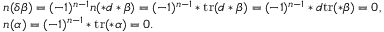
\begin{array} { r l } & { \boldsymbol { n } ( \delta \beta ) = ( - 1 ) ^ { n - 1 } \boldsymbol { n } ( \ast d \ast \beta ) = ( - 1 ) ^ { n - 1 } \ast \mathrm { t r } ( d \ast \beta ) = ( - 1 ) ^ { n - 1 } \ast d \mathrm { t r } ( \ast \beta ) = 0 , } \\ & { \boldsymbol { n } ( \alpha ) = ( - 1 ) ^ { n - 1 } \ast \mathrm { t r } ( \ast \alpha ) = 0 . } \end{array}